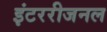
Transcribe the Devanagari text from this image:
इंटररीजनल